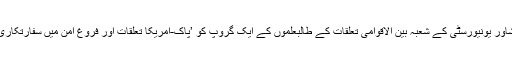
امریکی سفارتخانے کے مطابق ان خیالات کا اظہار انہوں نے منگل کو پشاور یونیورسٹی کے شعبہ بین الاقوامی تعلقات کے طالبعلموں کے ایک گروپ کو ’پاک-امریکا تعلقات اور فروغ امن میں سفارتکاری کے کردار‘ کے موضوع پر ایک مباحثے کی میزبانی کرتے ہوئے کیا۔